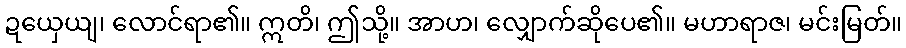
ဍယှေယျ၊ လောင်ရာ၏။ ဣတိ၊ ဤသို့။ အာဟ၊ လျှောက်ဆိုပေ၏။ မဟာရာဇ၊ မင်းမြတ်။